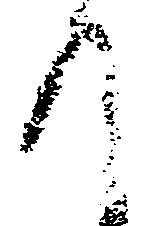
て